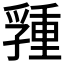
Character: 𡦢